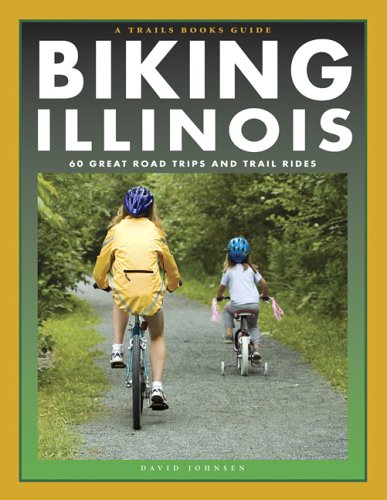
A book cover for Biking Illinois (Trails Books Guide); David Johnsen; Travel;